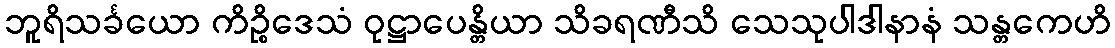
ဘူရိသင်္ခယော ကိဉ္စိဒေသံ ဝုဋ္ဌာပေန္တိယာ သိခရဏီသိ သေသုပါဒါနာနံ သန္တကေဟိ